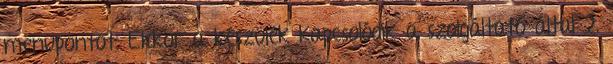
menüpontot. Ekkor a készülék kapcsolódik a szolgáltató által 2.